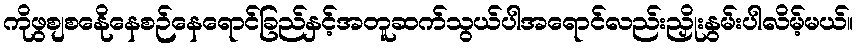
ကိုဖွစျစနေိုနေစဉ်နေရောင်ခြည်နှင့်အတူဆက်သွယ်ပါအရောင်လည်းညှိုးနွမ်းပါလိမ့်မယ်။